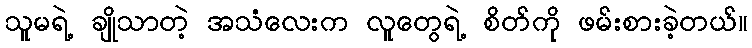
သူမရဲ့ ချိုသာတဲ့ အသံလေးက လူတွေရဲ့ စိတ်ကို ဖမ်းစားခဲ့တယ်။